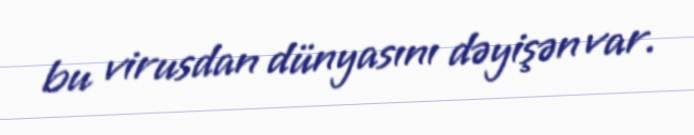
bu virusdan dünyasını dəyişən var.